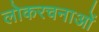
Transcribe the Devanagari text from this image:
लोकरचनाओं